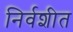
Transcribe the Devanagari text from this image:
निर्वशीत